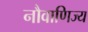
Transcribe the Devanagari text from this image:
नौवाणिज्य